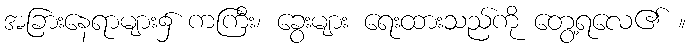
အခြားနေရာများ၌ ကကြီး၊ ခွေးများ ရေးထားသည်ကို တွေ့ရလေ၏ ။